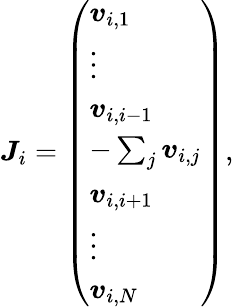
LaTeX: \begin{array}{r}{{\boldsymbol{J}}_{i}=\left(\begin{array}{l}{{\boldsymbol{v}}_{i,1}}\\ {\vdots}\\ {{\boldsymbol{v}}_{i,i-1}}\\ {-\sum_{j}{\boldsymbol{v}}_{i,j}}\\ {{\boldsymbol{v}}_{i,i+1}}\\ {\vdots}\\ {{\boldsymbol{v}}_{i,N}}\end{array}\right),}\end{array}